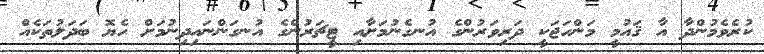
ކުރެވެމުންދާ އާ ޤައުމީ މަންހަޖަކީ ދަރިވަރުންގެ އުނގެނުމަށާއި ޓީޗަރުންގެ އުނގަންނައިދިނުމަށް ހެޔޮ ބަދަލުތަކެއް